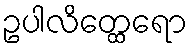
ဥပါလိတ္ထေရော